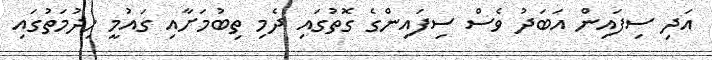
އަދި ސިފައިން އަބަދު ވެސް ސިފައިންގެ ގޮތުގައި ދެމި ތިބުމަށާއި ގައުމީ ހިދުމަތުގައި